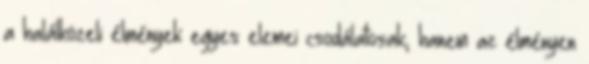
a halálközeli élmények egyes elemei csodálatosak, hanem az élményen